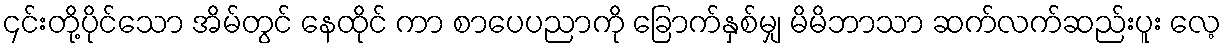
၄င်းတို့ပိုင်သော အိမ်တွင် နေထိုင် ကာ စာပေပညာကို ခြောက်နှစ်မျှ မိမိဘာသာ ဆက်လက်ဆည်းပူး လေ့